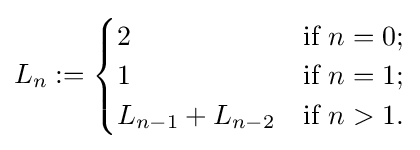
L_{n}:={\begin{cases}2&{\text{if }}n=0;\\1&{\text{if }}n=1;\\L_{n-1}+L_{n-2}&{\text{if }}n>1.\end{cases}}